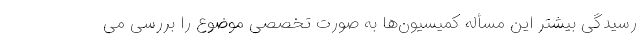
رسیدگی بیشتر این مسأله کمیسیون‌ها به صورت تخصصی موضوع را بررسی می